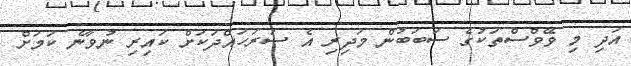
އަދި މި ވޭވްސްތަކުގެ ސަބަބުން މަދިރި އެ ސަރަހައްދަކަށް ކައިރި ނުވާނެ ކަމަށް